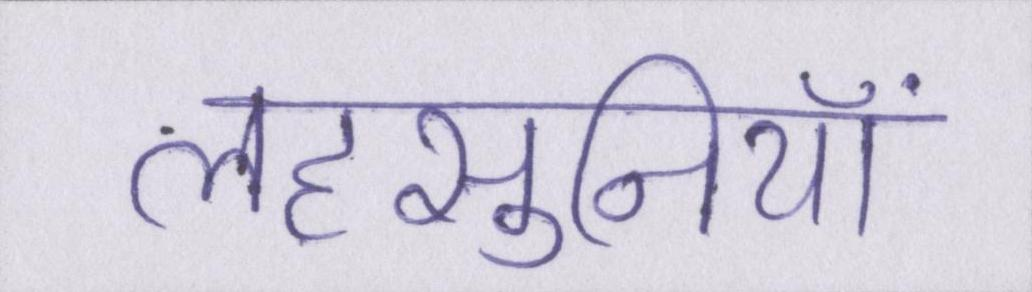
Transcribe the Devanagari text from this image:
लहसुनियां